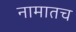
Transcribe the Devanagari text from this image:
नामातच